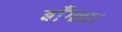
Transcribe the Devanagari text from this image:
बाँग्ला।